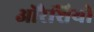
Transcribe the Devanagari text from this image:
ओरैशियो